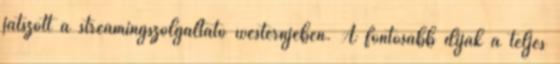
játszott a streamingszolgáltató westernjében. A fontosabb díjak a teljes